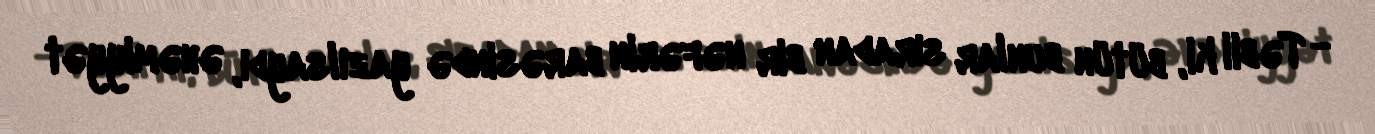
- Təbii ki, bütün bunlar sıradan bir nəfərin barəsində yazılsaydı, əhəmiyyət